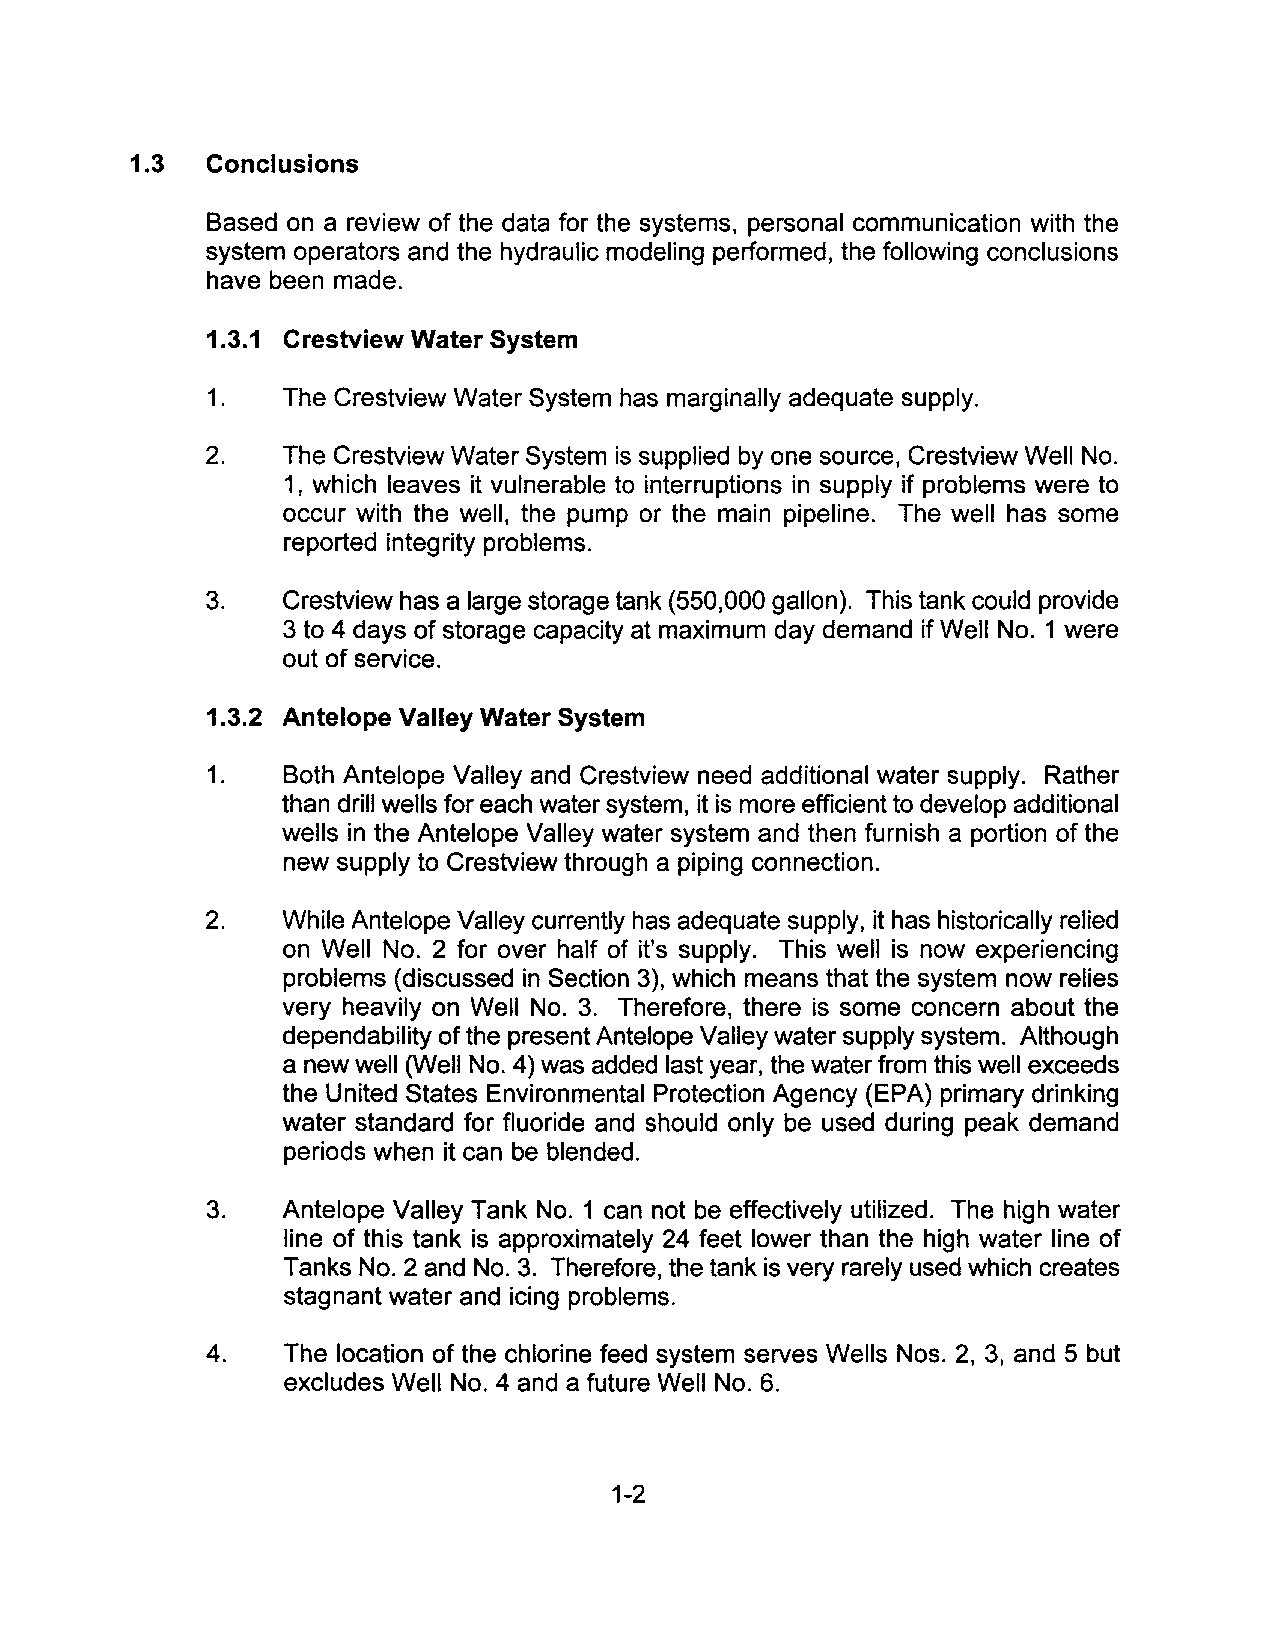
1.3  Conclusions
 Based on a review of the data for the systems, personal communication with the
 system operators and the hydraulic modeling performed, the following conclusions
 have been made.
 1.3.1 Crestview Water System
 1.   The Crestview Water System has marginally adequate supply.
 2.   The Crestview Water System is supplied by one source, Crestview Well No.
 1, which leaves it vulnerable to interruptions in supply if problems were to
 occur with the well, the pump or the main pipeline. The well has some
 reported integrity problems.
 3.   Crestview has a large storage tank (550,000 gallon). This tank could provide
 3 to 4 days of storage capacity at maximum day demand if Well No. 1 were
 out of service.
 1.3.2 Antelope Valley Water System
 1.   Both Antelope Valley and Crestview need additional water supply. Rather
 than drill wells for each water system, it is more efficient to develop additional
 wells in the Antelope Valley water system and then furnish a portion of the
 new supply to Crestview through a piping connection.
 2.   While Antelope Valley currently has adequate supply, it has historically relied
 on Well No. 2 for over half of it's supply. This well is now experiencing
 problems (discussed in Section 3), which means that the system now relies
 very heavily on Well NO.3. Therefore, there is some concern about the
 dependability of the present Antelope Valley water supply system. Although
 a new well (Well No.4) was added last year, the water from this well exceeds
 the United States Environmental Protection Agency (EPA) primary drinking
 water standard for fluoride and should only be used during peak demand
 periods when it can be blended.
 3.   Antelope Valley Tank No.1 can not be effectively utilized. The high water
 line of this tank is approximately 24 feet lower than the high water line of
 Tanks No.2 and NO.3. Therefore, the tank is very rarely used which creates
 stagnant water and icing problems.
 4.   The location of the chlorine feed system serves Wells Nos. 2, 3, and 5 but
 excludes Well NO.4 and a future Well No.6.
 1-2